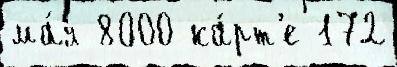
ма́я 8000 ка́рт'е 172